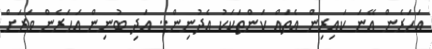
އަހަރެން އޭނަ ކައިރިން އެތައް ކަންތަކަކު އެދުނިން.. އަދި ބުނިން އަހަރެން ވަރަށް